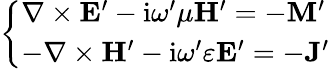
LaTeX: \left\{ \begin{array}{ll}{\nabla\times\mathbf{E}^{\prime}-\mathrm{i}\omega^{\prime}\mu\mathbf{H}^{\prime}=-\mathbf{M}^{\prime}}\\ {-\nabla\times\mathbf{H}^{\prime}-\mathrm{i}\omega^{\prime}\varepsilon\mathbf{E}^{\prime}=-\mathbf{J}^{\prime}}\end{array}\right.